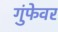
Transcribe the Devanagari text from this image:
गुंफेवर